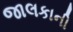
જાલકાની